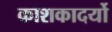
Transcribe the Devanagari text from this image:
काशकादर्यो